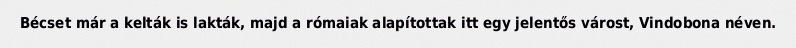
Bécset már a kelták is lakták, majd a rómaiak alapítottak itt egy jelentős várost, Vindobona néven.